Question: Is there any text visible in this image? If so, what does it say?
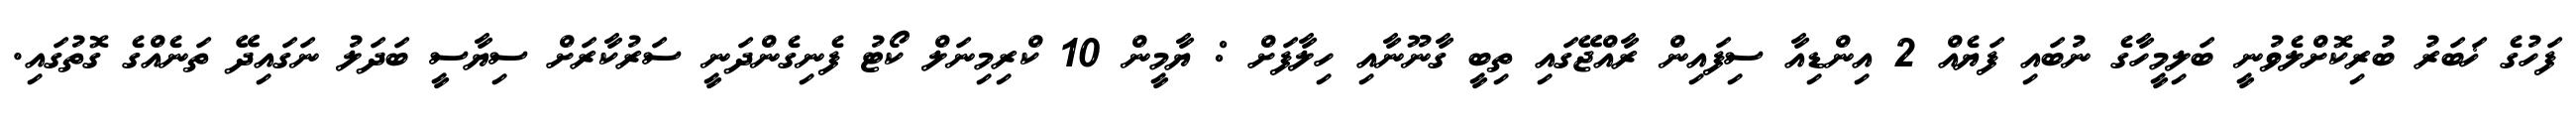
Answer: ފަހުގެ ޚަބަރު ބުރިކޮށްލެވުނީ ބަލިމީހާގެ ނުބައި ފަޔެއް 2 އިންޑިއާ ސިފައިން ރާއްޖޭގައި ތިބީ ގާނޫނާއި ހިލާފަށް : ޔާމީން 10 ކްރިމިނަލް ކޯޓު ފެނިގެންދަނީ ސަރުކާރަށް ސިޔާސީ ބަދަލު ނަގައިދޭ ތަނެއްގެ ގޮތުގައި.